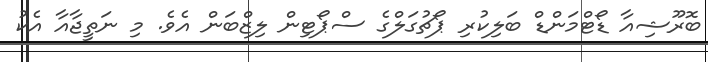
ބޮރޫޝިއާ ޑޯޓްމަންޑް ބަލިކުރި ޕޯޗުގަލްގެ ސްޕޯޓިން ލިޒްބަން އެެވެ. މި ނަތީޖާއާ އެކު